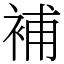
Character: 補